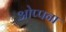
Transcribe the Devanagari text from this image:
ओप्पना